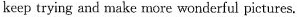
keep trying and make more wonderful pictures.